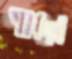
গায়ে